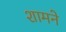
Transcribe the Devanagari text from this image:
शामने